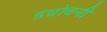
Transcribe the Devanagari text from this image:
डचोवनी